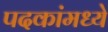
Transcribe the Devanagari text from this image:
पदकांमध्ये